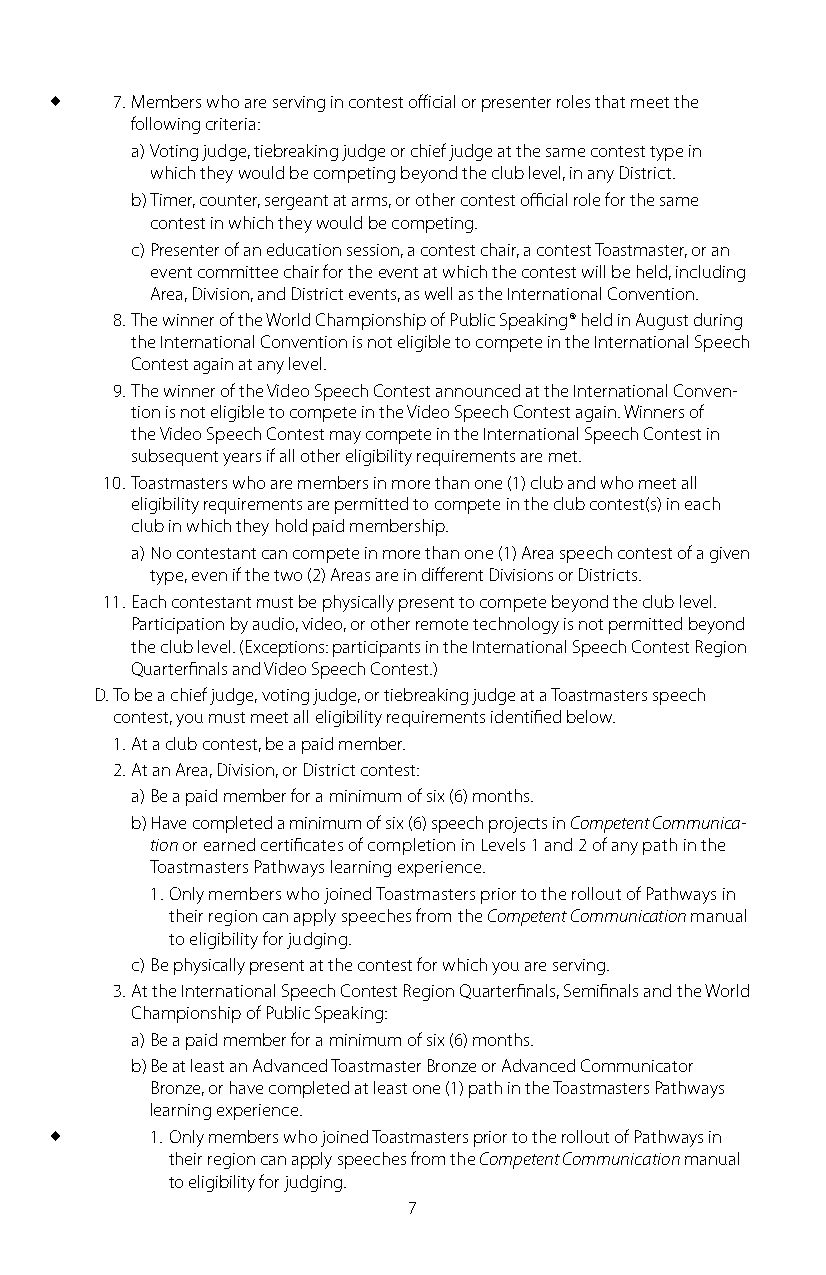
   7. Members who are serving in contest official or presenter roles that meet the
 following criteria:
 a) Voting judge, tiebreaking judge or chief judge at the same contest type in
 which they would be competing beyond the club level, in any District.
 b) Timer, counter, sergeant at arms, or other contest official role for the same
 contest in which they would be competing.
 c) Presenter of an education session, a contest chair, a contest Toastmaster, or an
 event committee chair for the event at which the contest will be held, including
 Area, Division, and District events, as well as the International Convention.
 8. The winner of the World Championship of Public Speaking® held in August during
 the International Convention is not eligible to compete in the International Speech
 Contest again at any level.
 9. The winner of the Video Speech Contest announced at the International Conven-
 tion is not eligible to compete in the Video Speech Contest again. Winners of
 the Video Speech Contest may compete in the International Speech Contest in
 subsequent years if all other eligibility requirements are met.
 10. Toastmasters who are members in more than one (1) club and who meet all
 eligibility requirements are permitted to compete in the club contest(s) in each
 club in which they hold paid membership.
 a) No contestant can compete in more than one (1) Area speech contest of a given
 type, even if the two (2) Areas are in different Divisions or Districts.
 11. Each contestant must be physically present to compete beyond the club level.
 Participation by audio, video, or other remote technology is not permitted beyond
 the club level. (Exceptions: participants in the International Speech Contest Region
 Quarterfinals and Video Speech Contest.)
 D. To be a chief judge, voting judge, or tiebreaking judge at a Toastmasters speech
 contest, you must meet all eligibility requirements identified below.
 1. At a club contest, be a paid member.
 2. At an Area, Division, or District contest:
 a) Be a paid member for a minimum of six (6) months.
 b) Have completed a minimum of six (6) speech projects in Competent Communica-
 tion or earned certificates of completion in Levels 1 and 2 of any path in the
 Toastmasters Pathways learning experience.
 1. Only members who joined Toastmasters prior to the rollout of Pathways in
 their region can apply speeches from the Competent Communication manual
 to eligibility for judging.
 c) Be physically present at the contest for which you are serving.
 3. At the International Speech Contest Region Quarterfinals, Semifinals and the World
 Championship of Public Speaking:
 a) Be a paid member for a minimum of six (6) months.
 b) Be at least an Advanced Toastmaster Bronze or Advanced Communicator
 Bronze, or have completed at least one (1) path in the Toastmasters Pathways
 learning experience.
       1. Only members who joined Toastmasters prior to the rollout of Pathways in
 their region can apply speeches from the Competent Communication manual
 to eligibility for judging.
 7